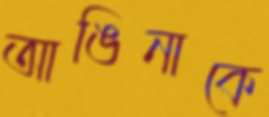
আঙিনাকে